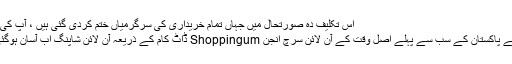
اس تکلیف دہ صورتحال میں جہاں تمام خریداری کی سرگرمیاں ختم کردی گئی ہیں ، آپ کی آسانی
کے لیے پاکستان کے سب سے پہلے اصل وقت کے آن لائن سرچ انجن Shoppingum ڈاٹ کام کے ذریعہ آن لائن شاپنگ اب آسان ہوگئی ہے۔